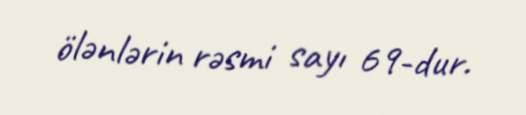
ölənlərin rəsmi sayı 69-dur.